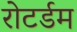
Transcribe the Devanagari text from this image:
रोटर्डम